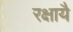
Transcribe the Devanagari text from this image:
रक्षायै